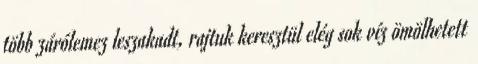
több zárólemez leszakadt, rajtuk keresztül elég sok víz ömölhetett